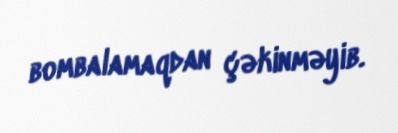
bombalamaqdan çəkinməyib.